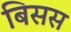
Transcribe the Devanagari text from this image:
बिसस